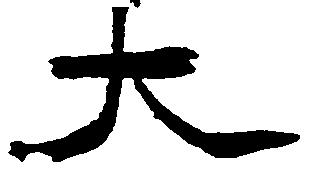
大